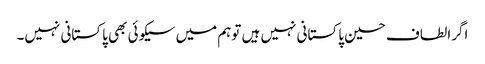
اگرالطاف حسین پاکستانی نہیں ہیں توہم میں سیکوئی بھی پاکستانی نہیں۔